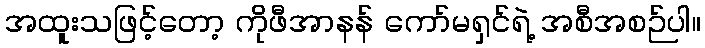
အထူးသဖြင့်တော့ ကိုဖီအာနန် ကော်မရှင်ရဲ့ အစီအစဉ်ပါ။